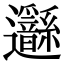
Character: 𨙣